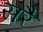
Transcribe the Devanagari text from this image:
सरै